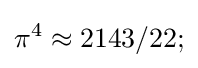
\pi ^{4}\approx 2143/22;